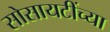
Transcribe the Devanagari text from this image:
सोसायटींच्या